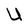
Character: U